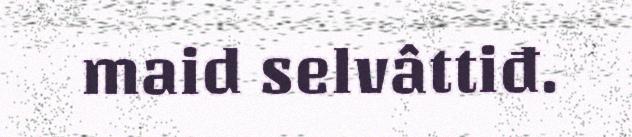
maid selvâttiđ.